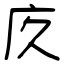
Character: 㡱